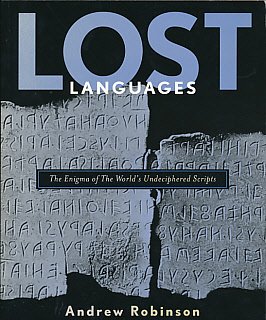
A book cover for Lost Languages the Enigma of the World's Undeciphered Scripts; Andrew Robinson; History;